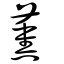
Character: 薰